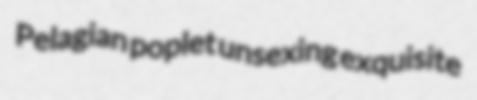
Pelagian poplet unsexing exquisite